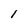
Character: I